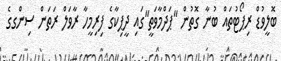
ބޮލީވުޑް ރިޕޯޓުތައް ބުނާ ގޮތުން "ޕަދްމާވަތީ"ގައި ދީޕިކާގެ ފިރިމީހާ ރާވަލް ރަތަން ސިންގގެ